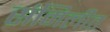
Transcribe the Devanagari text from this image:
संमिलीत